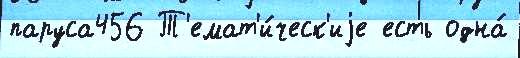
паруса456 Т'емат'и́ческ'иjе есть одна́